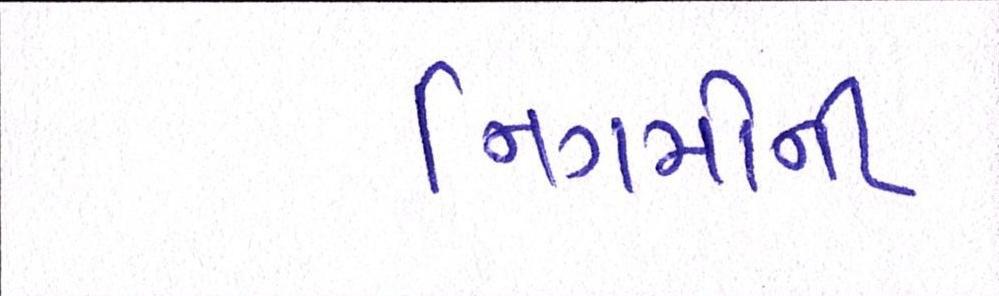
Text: નિગમોની